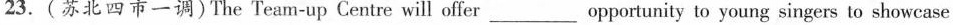
23.(苏北四市一调)The Team-up Centre will offer___opportunity to young singers to showcase